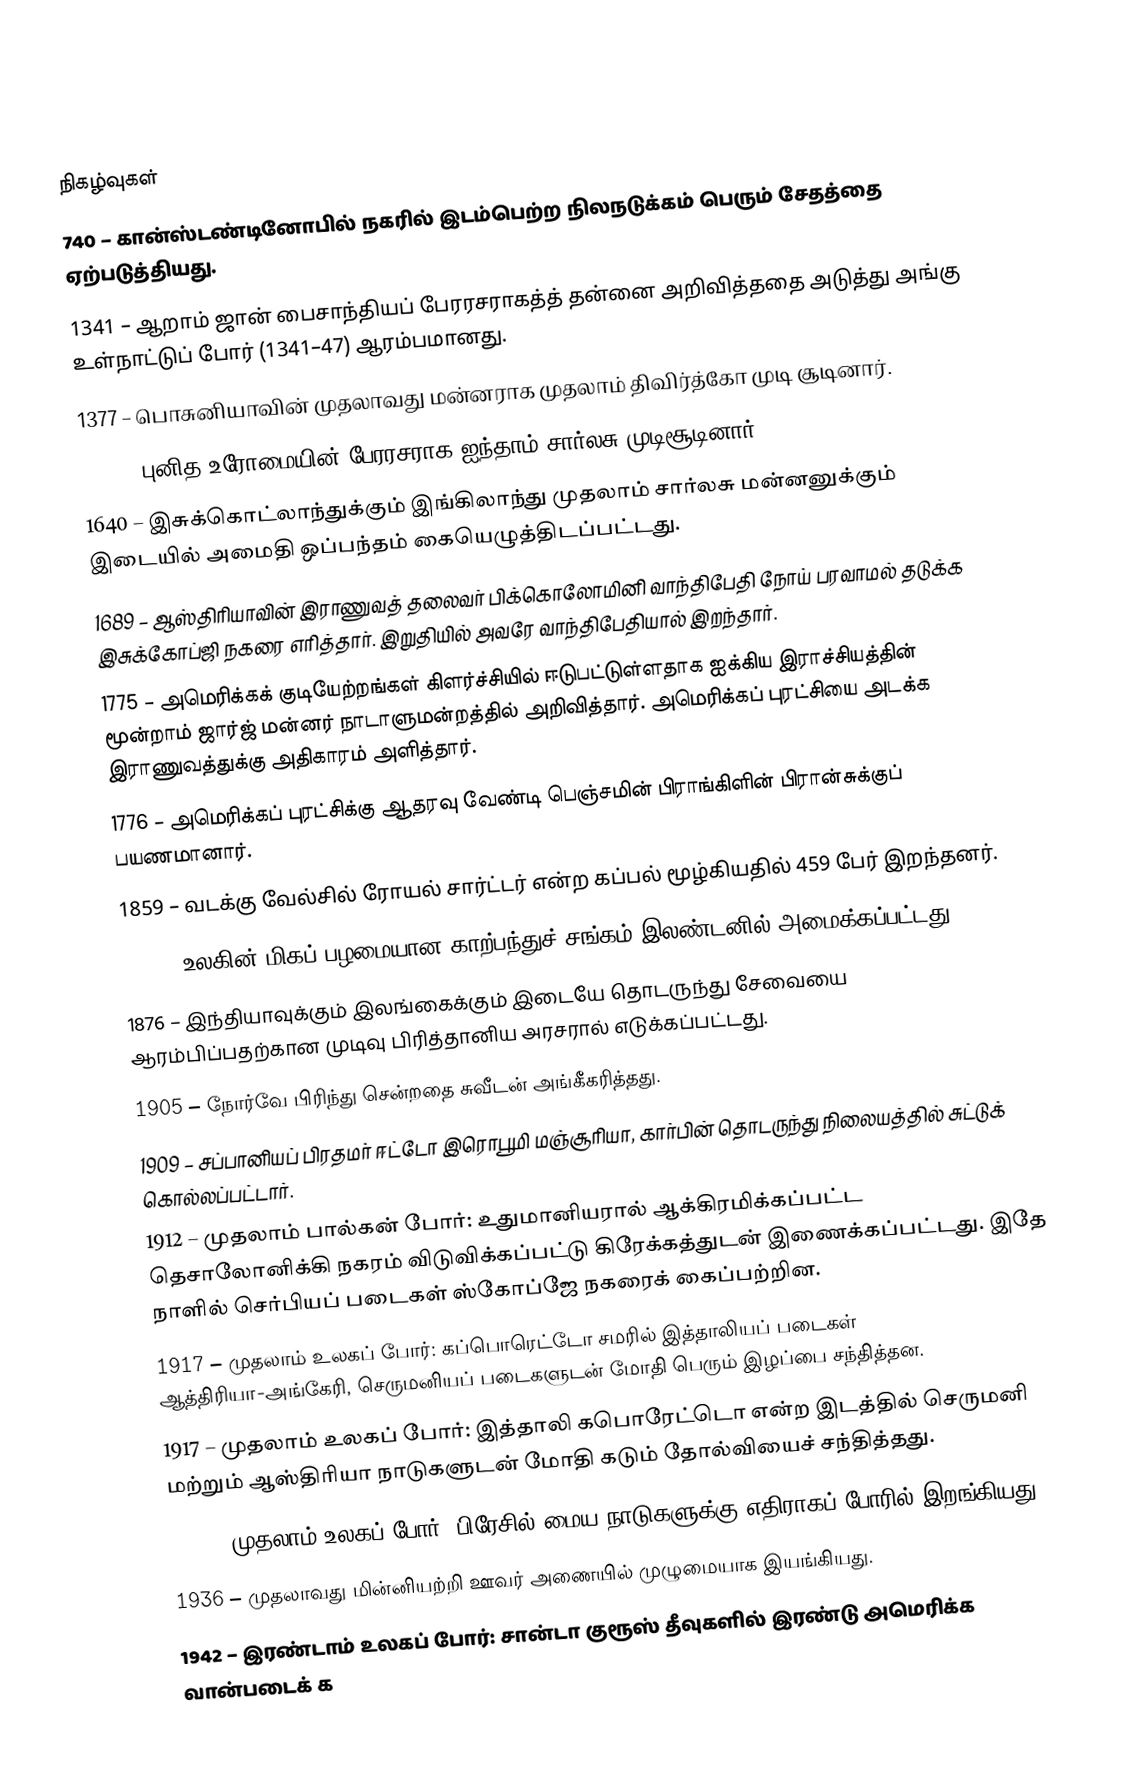

நிகழ்வுகள்
 740 – கான்ஸ்டண்டினோபில் நகரில் இடம்பெற்ற நிலநடுக்கம் பெரும் சேதத்தை ஏற்படுத்தியது.
1341 – ஆறாம் ஜான் பைசாந்தியப் பேரரசராகத்த் தன்னை அறிவித்ததை அடுத்து அங்கு உள்நாட்டுப் போர் (1341–47) ஆரம்பமானது.
1377 – பொசுனியாவின் முதலாவது மன்னராக முதலாம் திவிர்த்கோ முடி சூடினார்.
1520 – புனித உரோமையின் பேரரசராக ஐந்தாம் சார்லசு முடிசூடினார்.
1640 – இசுக்கொட்லாந்துக்கும் இங்கிலாந்து முதலாம் சார்லசு மன்னனுக்கும் இடையில் அமைதி ஒப்பந்தம் கையெழுத்திடப்பட்டது.
1689 – ஆஸ்திரியாவின் இராணுவத் தலைவர் பிக்கொலோமினி வாந்திபேதி நோய் பரவாமல் தடுக்க இசுக்கோப்ஜி நகரை எரித்தார். இறுதியில் அவரே வாந்திபேதியால் இறந்தார்.
1775 – அமெரிக்கக் குடியேற்றங்கள் கிளர்ச்சியில் ஈடுபட்டுள்ளதாக ஐக்கிய இராச்சியத்தின் மூன்றாம் ஜார்ஜ் மன்னர் நாடாளுமன்றத்தில் அறிவித்தார். அமெரிக்கப் புரட்சியை அடக்க இராணுவத்துக்கு அதிகாரம் அளித்தார்.
1776 – அமெரிக்கப் புரட்சிக்கு ஆதரவு வேண்டி பெஞ்சமின் பிராங்கிளின் பிரான்சுக்குப் பயணமானார்.
1859 – வடக்கு வேல்சில் ரோயல் சார்ட்டர் என்ற கப்பல் மூழ்கியதில் 459 பேர் இறந்தனர்.
1863 – உலகின் மிகப் பழமையான காற்பந்துச் சங்கம் இலண்டனில் அமைக்கப்பட்டது.
1876 – இந்தியாவுக்கும் இலங்கைக்கும் இடையே தொடருந்து சேவையை ஆரம்பிப்பதற்கான முடிவு பிரித்தானிய அரசரால் எடுக்கப்பட்டது.
1905 – நோர்வே பிரிந்து சென்றதை சுவீடன் அங்கீகரித்தது.
1909 – சப்பானியப் பிரதமர் ஈட்டோ இரொபூமி மஞ்சூரியா, கார்பின் தொடருந்து நிலையத்தில் சுட்டுக் கொல்லப்பட்டார்.
1912 – முதலாம் பால்கன் போர்: உதுமானியரால் ஆக்கிரமிக்கப்பட்ட தெசாலோனிக்கி நகரம் விடுவிக்கப்பட்டு கிரேக்கத்துடன் இணைக்கப்பட்டது. இதே நாளில் செர்பியப் படைகள் ஸ்கோப்ஜே நகரைக் கைப்பற்றின.
1917 – முதலாம் உலகப் போர்: கப்பொரெட்டோ சமரில் இத்தாலியப் படைகள் ஆத்திரியா-அங்கேரி, செருமனியப் படைகளுடன் மோதி பெரும் இழப்பை சந்தித்தன.
1917 – முதலாம் உலகப் போர்: இத்தாலி கபொரேட்டொ என்ற இடத்தில் செருமனி மற்றும் ஆஸ்திரியா நாடுகளுடன் மோதி கடும் தோல்வியைச் சந்தித்தது.
1917 – முதலாம் உலகப் போர்: பிரேசில் மைய நாடுகளுக்கு எதிராகப் போரில் இறங்கியது.
1936 – முதலாவது மின்னியற்றி ஊவர் அணையில் முழுமையாக இயங்கியது.
1942 – இரண்டாம் உலகப் போர்: சான்டா குரூஸ் தீவுகளில் இரண்டு அமெரிக்க வான்படைக் க